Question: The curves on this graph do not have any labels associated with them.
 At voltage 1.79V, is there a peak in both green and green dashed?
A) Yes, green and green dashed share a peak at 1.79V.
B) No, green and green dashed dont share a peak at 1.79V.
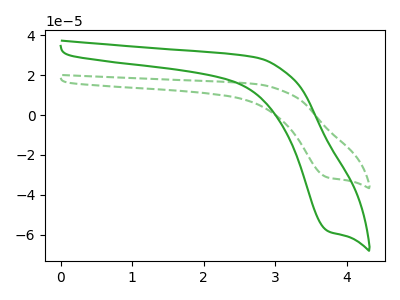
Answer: <think>The green curve "green" has a cathodic peak at: (3.75V, -58.25uA). The green dashed curve "green dashed" has a cathodic peak at: (3.75V, -31.35uA).</think>
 <answer>B) No, "green" and "green dashed" dont share a peak at 1.79V.</answer>
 <eval>B</eval>